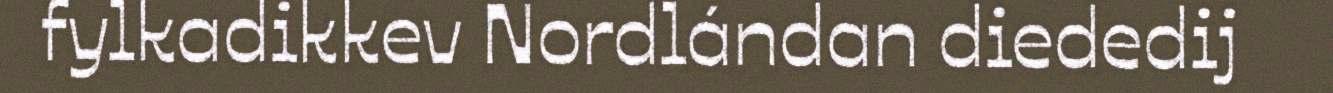
fylkadikkev Nordlándan diededij